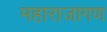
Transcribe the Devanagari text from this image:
महाराजागण